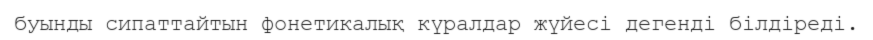
буынды сипаттайтын фонетикалық күралдар жүйесі дегенді білдіреді.